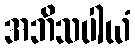
အဘိသပါယံ